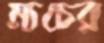
ম্যচের